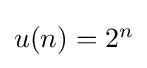
{\textstyle u(n)=2^{n}}